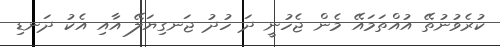
ކުރެވުނުތޭ އުއްތަމައޭ މެން ޖެހުނީ ދަ ހުދު ޖަނގިޔަލޭ އާއި އެކު ދަނޑި